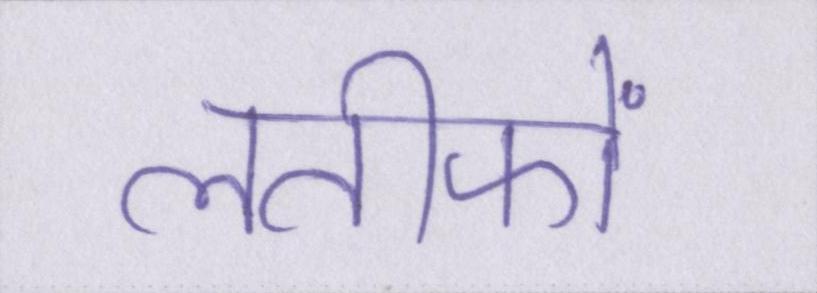
लतीफों